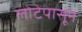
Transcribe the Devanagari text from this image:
लोटेपासून